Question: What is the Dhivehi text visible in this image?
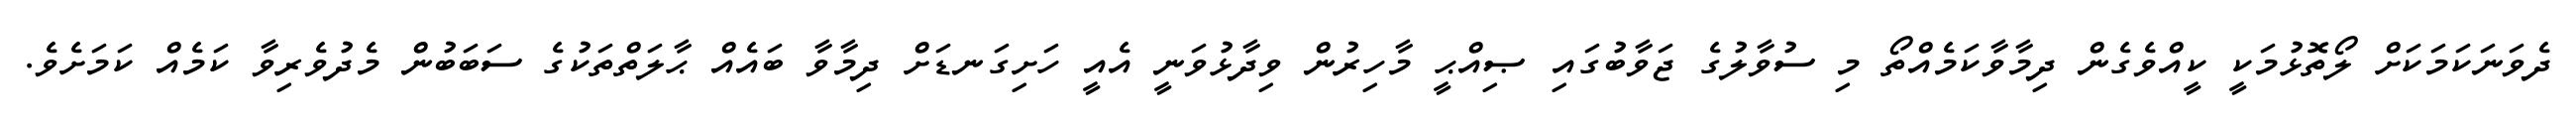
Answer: ދެވަނަކަމަކަށް ލޯތޮޅުމަކީ ކީއްވެގެން ދިމާވާކަމެއްތޯ މި ސުވާލުގެ ޖަވާބުގައި ޞިއްޙީ މާހިރުން ވިދާޅުވަނީ އެއީ ހަށިގަނޑަށް ދިމާވާ ބައެއް ޙާލަތްތަކުގެ ސަބަބުން މެދުވެރިވާ ކަމެއް ކަމަށެވެ.